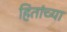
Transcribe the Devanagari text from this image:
हितांच्या